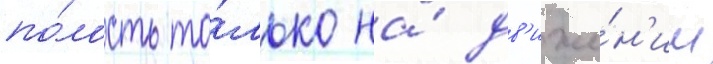
по́лость то́лько на́ дв'иже́н'ии